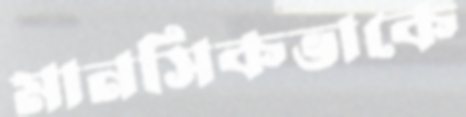
মানসিকভাকে